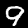
Digit: 9